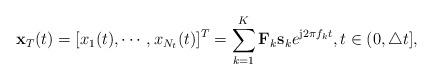
LaTeX: \begin{align*} {\bf x}_T(t)=[x_1(t),\cdots,x_{N_t}(t)]^T=\sum_{k=1}^{K}{\bf F}_k{\bf s}_k e^{\mathrm{j}2\pi{f_k}t}, t\in(0,\triangle t],\end{align*}